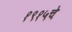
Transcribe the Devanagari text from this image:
१९१५चे